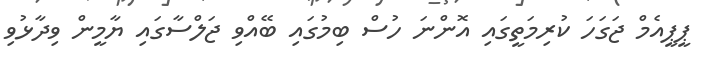
ޕީޕީއެމް ޖަގަހަ ކުރިމަތީގައި އޮންނަ ހުސް ބިމުގައި ބޭއްވި ޖަލްސާގައި ޔާމީން ވިދާޅުވި